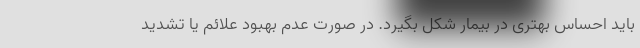
باید احساس بهتری در بیمار شکل بگیرد. در صورت عدم بهبود علائم یا تشدید